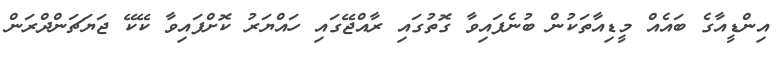
އިންޑީއާގެ ބައެއް މީޑިއާތަކުން ބުނެފައިވާ ގޮތުގައި ރާއްޖޭގައި ހައްޔަރު ކޮށްފައިވާ ކޭކޭ ޖަޔަޗަންދްރަން